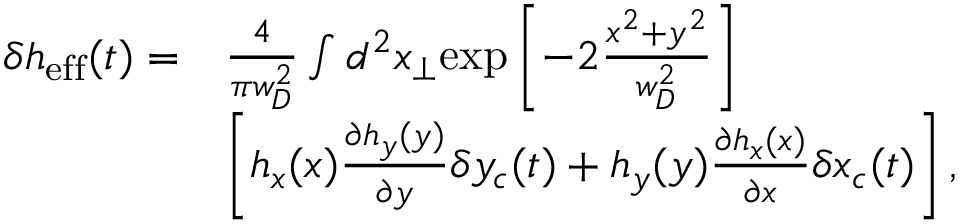
\begin{array} { r l } { \delta h _ { \mathrm { e f f } } ( t ) = } & { \frac { 4 } { \pi w _ { D } ^ { 2 } } \int d ^ { 2 } x _ { \perp } \mathrm { e x p } \left[ - 2 \frac { x ^ { 2 } + y ^ { 2 } } { w _ { D } ^ { 2 } } \right] } \\ & { \left[ h _ { x } ( x ) \frac { \partial h _ { y } ( y ) } { \partial y } \delta y _ { c } ( t ) + h _ { y } ( y ) \frac { \partial h _ { x } ( x ) } { \partial x } \delta x _ { c } ( t ) \right] , } \end{array}